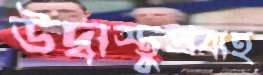
উদ্বাস্তুপ্রবাহ